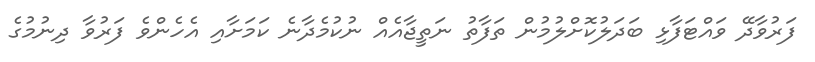
ފަރުވާދޭ ވައްޓަފާޅި ބަދަލުކޮށްލުމުން ތަފާތު ނަތީޖާއެއް ނުކުމެދާނެ ކަމަށާއި އެހެންވެ ފަރުވާ ދިނުމުގެ